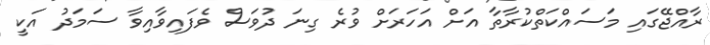
ރާއްޖޭގައި މަސައްކަތްކުރާތާ އަށް އަހަރަށް ވުރެ ގިނަ ދުވަސް ވެފައިވާއިވާ ސަމަދު އަކީ